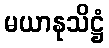
မယာနုသိဋ္ဌံ